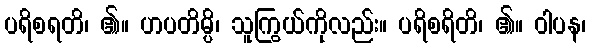
ပရိစရတိ၊ ၏။ ဟပတိမ္ပိ၊ သူကြွယ်ကိုလည်း။ ပရိစရိတိ၊ ၏။ ဝါပန၊